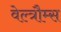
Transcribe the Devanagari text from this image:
वेल्त्रौम्स